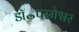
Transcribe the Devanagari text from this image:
डॉ॰परमेश्वर